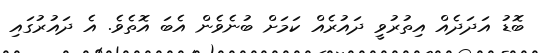
ބޮޑު އަަދަދެއް އިތުރުވީ ދައުރެއް ކަމަށް ބުނެވެން އެބަ އޮތެވެ. އެ ދައުރުގައި